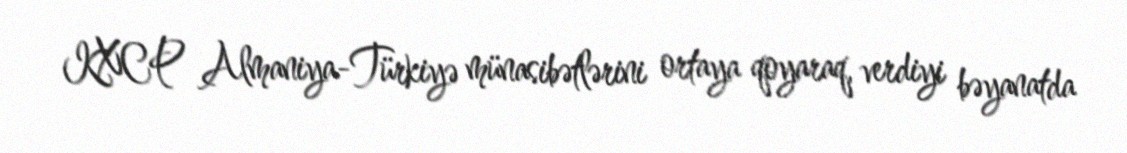
KXCP Almaniya-Türkiyə münasibətlərini ortaya qoyaraq, verdiyi bəyanatda